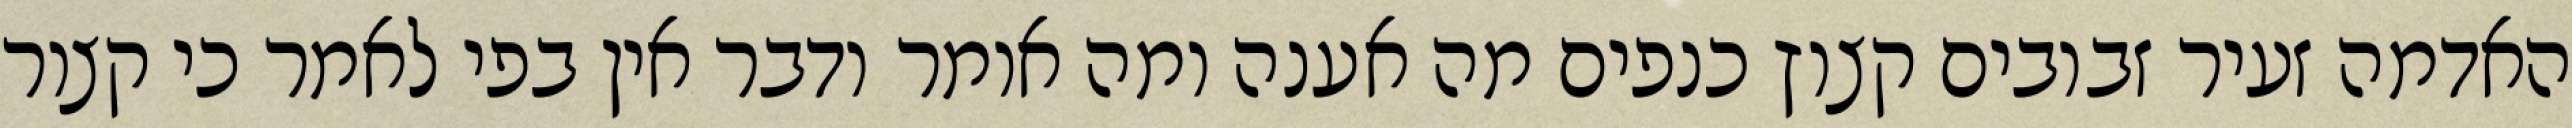
האדמה זעיר זבובים קצוץ כנפים מה אענה ומה אומר ודבר אין בפי לאמר כי קצור